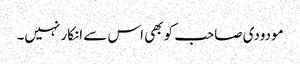
مودودی صاحب کو بھی اس سے انکار نہیں۔